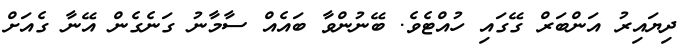
ދިޔައިރު އަންބަރް ގޭގައި ހުއްޓެވެ. ބޭނުންވާ ބައެއް ސާމާނު ގަނެގެން އޭނާ ގެއަށް